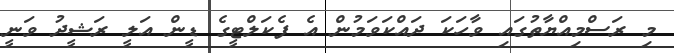
މި ރަސްމިއްޔާތުގައި ވާހަކަ ދައްކަވަމުން އެ ފެކަލްޓީގެ ޑީން އަލީ ރަޝީދު ވަނީ